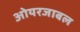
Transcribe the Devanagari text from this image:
ओयरजाबल